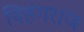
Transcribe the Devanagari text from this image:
विहंगराज